Annual report on the Civil Veterinary Department, Burma (including the Insein Veterinary School) - 1932-1941
Year: 1932
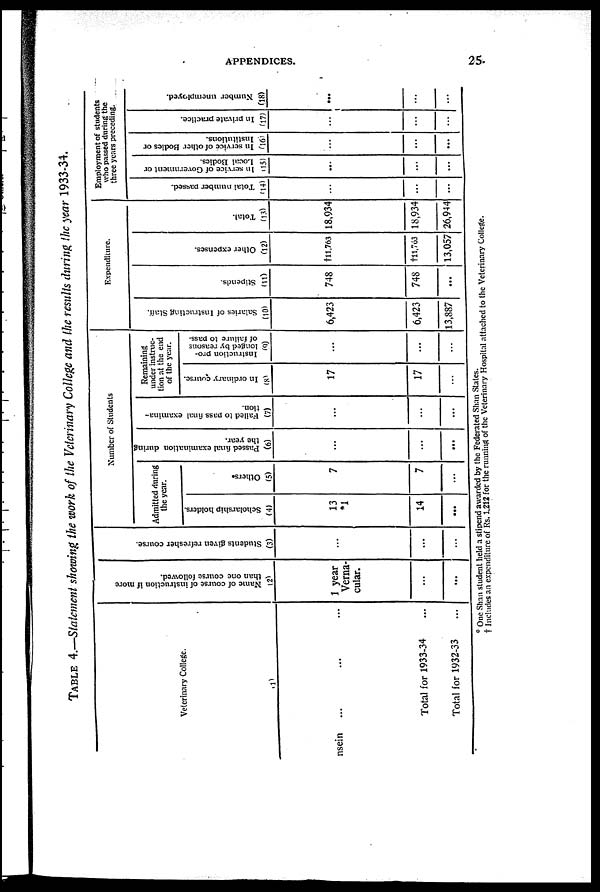
APPENDICES.
25
TABLE 4.—Statement showing the work of the Veterinary College and the results during the year 1933-34.
Veterinary College.
(1)
nsein ... ... ...
Total for 1933-34 ...
Total for 1932-33 ...
Name of course of instruction if more
than one course followed.
(2)
1 year
Verna-
cular.
...
...
Students given refresher course.
(3)
...
...
...
Number of Students
Admitted during
the year.
Scholarship holders.
(4)
13
*1
14
...
Others.
(5)
7
7
...
Passed final examination during
the year.
(6)
...
...
...
Failed to pass final examina-
tion.
(7)
...
...
...
Remaining
under instruc-
tion at the end
of the year.
In ordinary course.
(8)
17
17
...
Instruction pro-
longed by reasons
of failure to pass.
(9)
...
...
...
Expenditure.
Salaries of Instructing Staff.
(10)
6,423
6,423
13,887
Stipends.
(11)
748
748
...
Other expenses.
(12)
†11,763
†11,763
13,057
Total.
(13)
18,934
18,934
26,944
Employment of students
who passed during the
three years preceding.
Total number passed.
(14)
...
...
...
In service of Government or
Local Bodies.
(15)
...
...
...
In service of other Bodies or
Institutions.
(16)
...
...
...
In private practice.
(17)
...
...
...
Number unemployed.
(18)
...
...
...
* One Shan student held a stipend awarded by the Federated Shan Stales.
† Includes an expenditure of Rs. 1,212 for the running of the Veterinary Hospital attached to the Veterinary College.